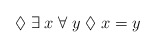
\begin{align*}\Diamond \; \exists \; x \; \forall \; y \; \Diamond \; x=y\end{align*}